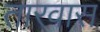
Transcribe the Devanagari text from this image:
तारवास